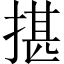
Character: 揕